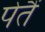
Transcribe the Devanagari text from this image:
पेतैं